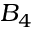
B _ { 4 }